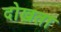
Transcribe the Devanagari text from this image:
दोखता